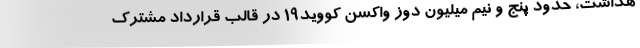
هداشت، حدود پنج و نیم میلیون دوز واکسن کووید۱۹ در قالب قرارداد مشترک